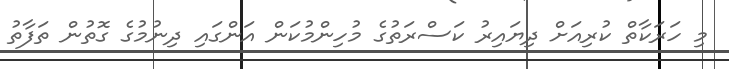
މި ހަރަކާތް ކުރިއަށް ދިޔައިރު ކަސްރަތުގެ މުހިންމުކަން އަންގައި ދިނުމުގެ ގޮތުން ތަފާތު